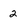
Character: 2